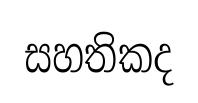
සහතිකද